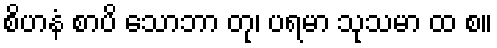
စိဟနံ စာပိ သောဘာ တု၊ ပရမာ သုသမာ ထ စ။